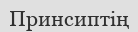
Принсиптің